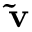
\mathbf { \Tilde { v } }